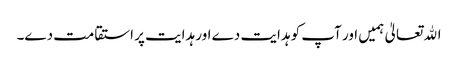
اﷲ تعالیٰ ہمیں اور آپ کو ہدایت دے اور ہدایت پر استقامت دے۔